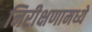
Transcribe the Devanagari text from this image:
निरीक्षणामध्ये